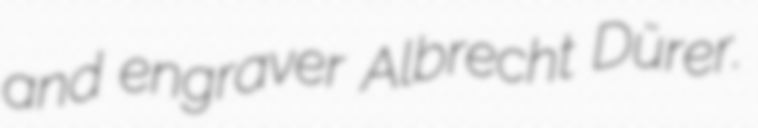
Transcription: and engraver Albrecht Dürer.